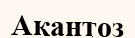
Акантоз